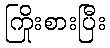
ကြိုးစားပြီး